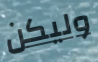
وليكن